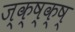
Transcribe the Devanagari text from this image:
ज्क्ष्क्ष्